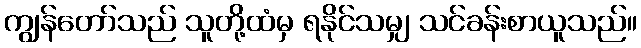
ကျွန်တော်သည် သူတို့ထံမှ ရနိုင်သမျှ သင်ခန်းစာယူသည်။